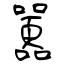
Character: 囂